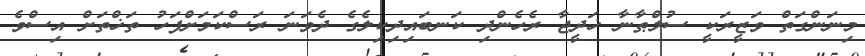
މިނަންގަތް ވަޒީރަކީ ސުލްޠާނާ ޚަދީޖާ ރެހެންދި ކަނބައިދިކިލެގެ ދެވަނަ ރަސްކަމަށްފަހު ތަޚްތަށް އިސްވެ